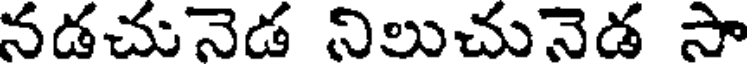
నడచునెడ నిలుచునెడ సా